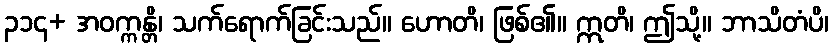
၃၁၄+ အဝက္ကန္တိ၊ သက်ရောက်ခြင်းသည်။ ဟောတိ၊ ဖြစ်၏။ ဣတိ၊ ဤသို့။ ဘာသိတံပိ၊